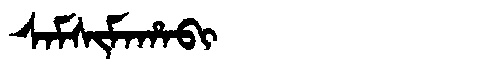
Manchu: ᠰᠠᠮᠰᡳᠮᠠᡥᠠᠪᡳ
Romanization: SAMSIMAHABI